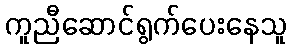
ကူညီဆောင်ရွက်ပေးနေသူ